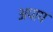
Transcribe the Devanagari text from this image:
अपाप